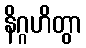
နိဂ္ဂဟိတွာ